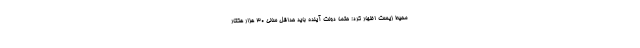
محیط زیست اظهار کرد: حتماً دولت آینده باید حداقل سالی ۳۰ هزار هکتار